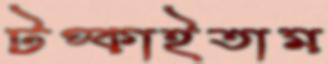
টপ্‌কাইতাম